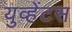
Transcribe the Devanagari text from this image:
युव्हेंटस